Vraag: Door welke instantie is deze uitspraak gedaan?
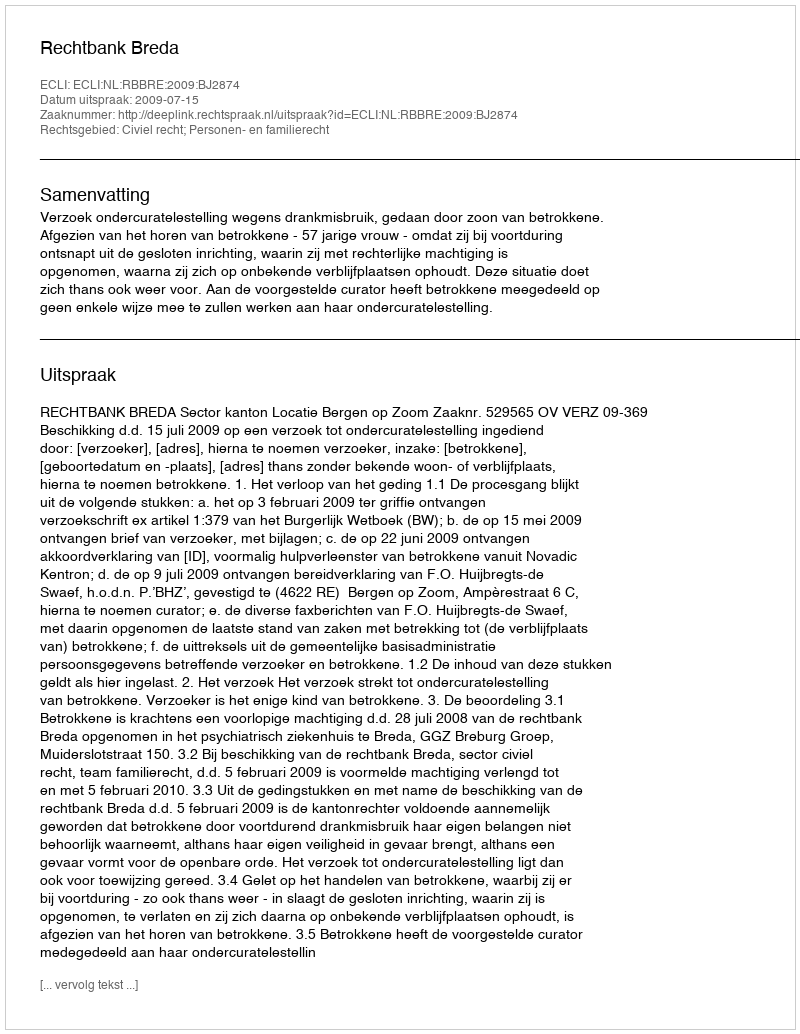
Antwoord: Rechtbank Breda